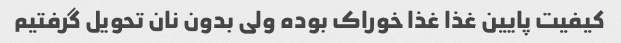
کیفیت پایین غذا غذا خوراک بوده ولی بدون نان تحویل گرفتیم